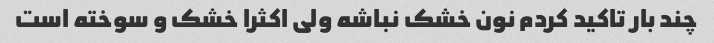
چند بار تاکید کردم نون خشک نباشه ولی اکثرا خشک و سوخته است